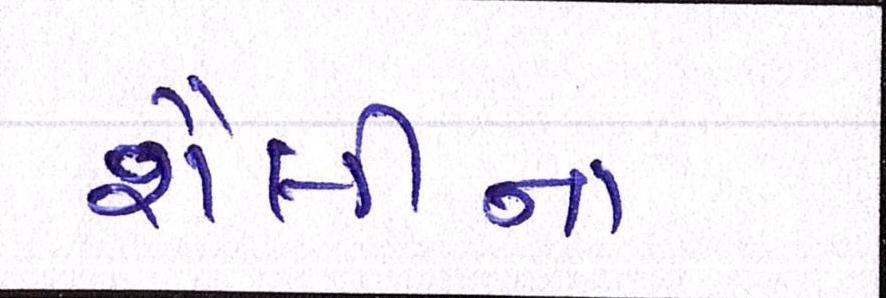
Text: શૈલીનાં